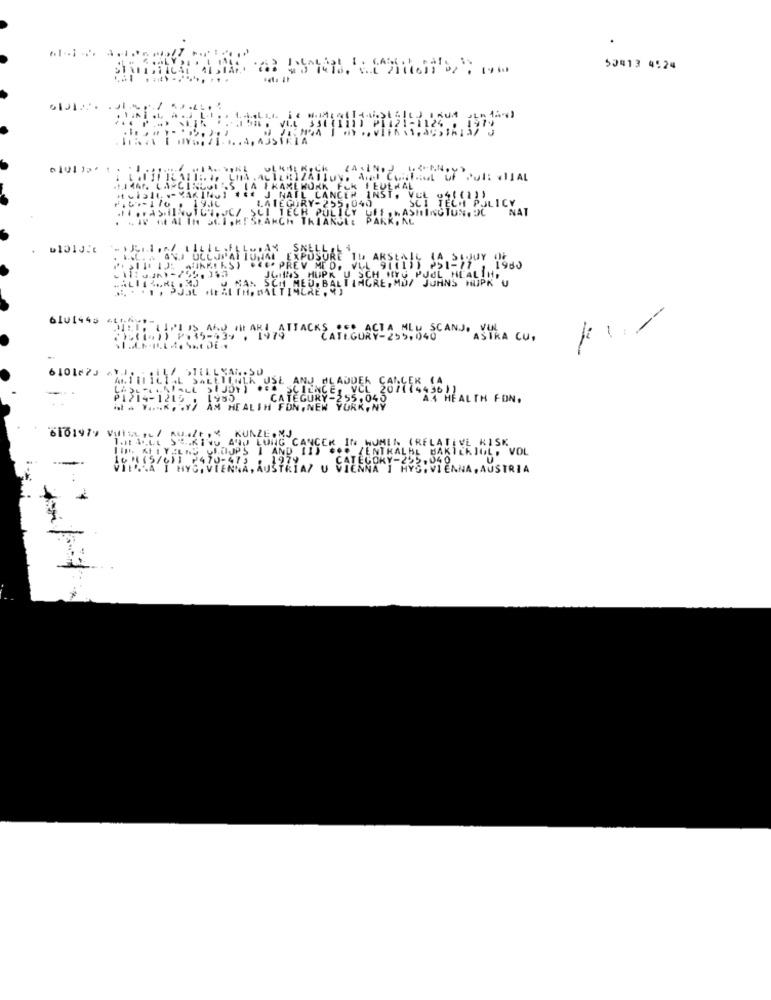
50413 4524
..... ..........
Pul: . 11AL
.1.14
POLICY
NAT
11. AK
JOHNS HUPK U
6lu144s etthys-
MIEI, LIMITS AND THE ARI ATTACKS .. ACTA MLU SCANJ. VUNL
-
₾5(1 1) P.35-434 . 1979
CATEGURY-255,040
ASIRA CU.
ARTIFICIAL SALLIENLA USE AND BLADDER CANCER (A
-.
LASLELKNIALL SIJOY) .CA SCIENCE, VCL 207114436
2011 (4436))
₱1214-1215
CATE
CATEGURY-2
-255,040
A.4 HEALTH FON.
h . Y .... . Y/ AM HEALTH FON, NEW YORK,NY
6101979 Vult ,c/ RUIZt. KUNZE.MJ
IG CANCER IN HUMEN (RELATIVE KISK
ZENTRALBL BAKICKJUL, VOL
16 " (5/6)]
2470-473
1979
CATEGORY-255,040
VILLA I HYČ,VIENNA, AUSTRIA/ U VIENNA I HYG.VIENNA, AUSTRIA
I HYS:VIENNA, AUSTRIA